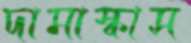
দামাস্কাস